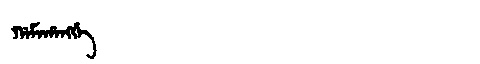
Manchu: ᡤᠠᠮᠠᡥᠠᠩᡤᡝ
Romanization: GAMAHANGGE